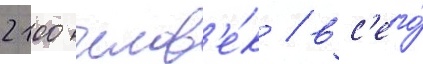
2100 челов'е́к / вс'его́